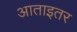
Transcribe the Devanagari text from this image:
आताइतर